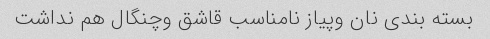
بسته بندی نان وپیاز نامناسب قاشق وچنگال هم نداشت